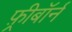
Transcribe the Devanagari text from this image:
फ़्रीबॉर्न